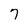
Character: 7